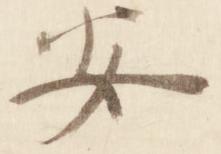
安